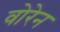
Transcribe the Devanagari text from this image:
वोरेन